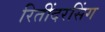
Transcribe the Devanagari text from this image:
रितींदरसिंग